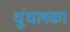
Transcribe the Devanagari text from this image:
धुंधलका